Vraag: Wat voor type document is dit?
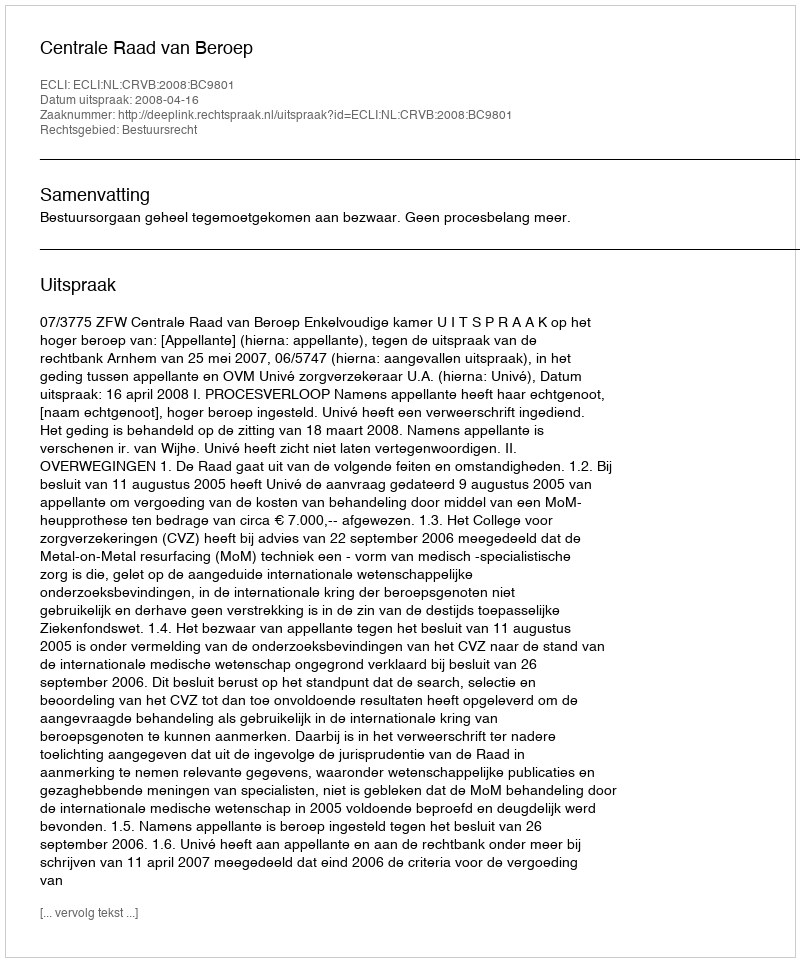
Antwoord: Uitspraak